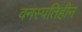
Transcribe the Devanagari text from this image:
वनस्पतिहीन